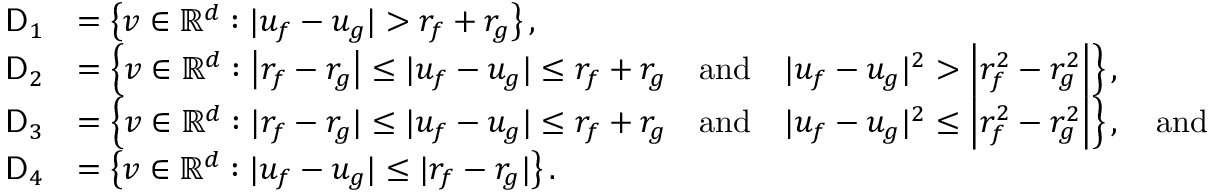
\begin{array} { r l } { \mathsf { D } _ { 1 } } & { = \left\{ v \in \mathbb { R } ^ { d } : | u _ { f } - u _ { g } | > r _ { f } + r _ { g } \right\} , } \\ { \mathsf { D } _ { 2 } } & { = \left\{ v \in \mathbb { R } ^ { d } : \left| r _ { f } - r _ { g } \right| \le | u _ { f } - u _ { g } | \le r _ { f } + r _ { g } \quad \mathrm { a n d } \quad | u _ { f } - u _ { g } | ^ { 2 } > \left| r _ { f } ^ { 2 } - r _ { g } ^ { 2 } \right| \right\} , } \\ { \mathsf { D } _ { 3 } } & { = \left\{ v \in \mathbb { R } ^ { d } : | r _ { f } - r _ { g } | \le | u _ { f } - u _ { g } | \le r _ { f } + r _ { g } \quad \mathrm { a n d } \quad | u _ { f } - u _ { g } | ^ { 2 } \le \left| r _ { f } ^ { 2 } - r _ { g } ^ { 2 } \right| \right\} , \quad \mathrm { a n d } } \\ { \mathsf { D } _ { 4 } } & { = \left\{ v \in \mathbb { R } ^ { d } : | u _ { f } - u _ { g } | \le | r _ { f } - r _ { g } | \right\} . } \end{array}